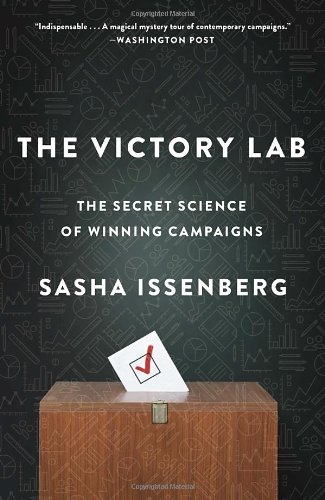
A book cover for The Victory Lab: The Secret Science of Winning Campaigns; Sasha Issenberg; Medical Books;